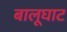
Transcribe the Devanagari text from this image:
बालूघाट